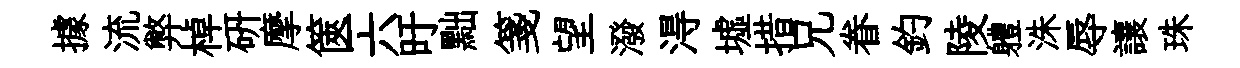
據流弊棹研摩篋六旴黜箋望潑淂墟措兄眷釣陵軆洙辱讓珠